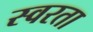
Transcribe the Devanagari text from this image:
स्वरता